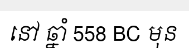
នៅ ឆ្នាំ 558 BC មុន